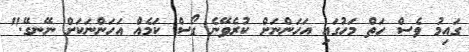
ގައިމު ވެސް ހަތް މަހުގައި އަހަންނަށް ކުރެވޭނެ ގޯސް ކަމެއް އަހަންނަކަށް ނޭނގޭ."